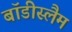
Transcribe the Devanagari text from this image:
बॉडीस्लैम